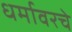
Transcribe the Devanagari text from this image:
धर्मावरचे